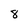
Character: 8